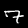
Label: 7